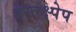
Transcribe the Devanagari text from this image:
हस्तक्ष्पेप